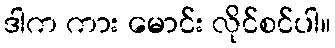
ဒါက ကား မောင်း လိုင်စင်ပါ။